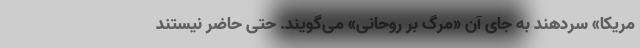
مریکا» سردهند به جای آن «مرگ بر روحانی» می‌گویند. حتی حاضر نیستند